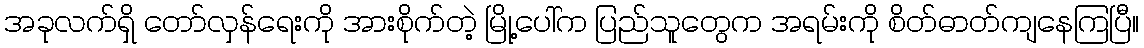
အခုလက်ရှိ တော်လှန်ရေးကို အားစိုက်တဲ့ မြို့ပေါ်က ပြည်သူတွေက အရမ်းကို စိတ်ဓာတ်ကျနေကြပြီ။